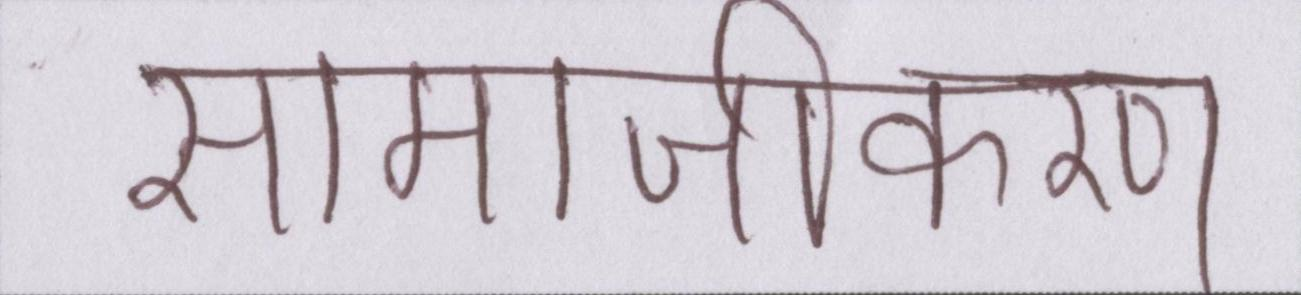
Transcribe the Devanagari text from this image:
सामाजीकरण